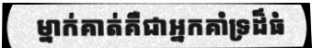
ម្នាក់គាត់គឺជាអ្នកគាំទ្រដ៏ធំ